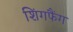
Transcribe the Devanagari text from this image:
शिंगफैंग